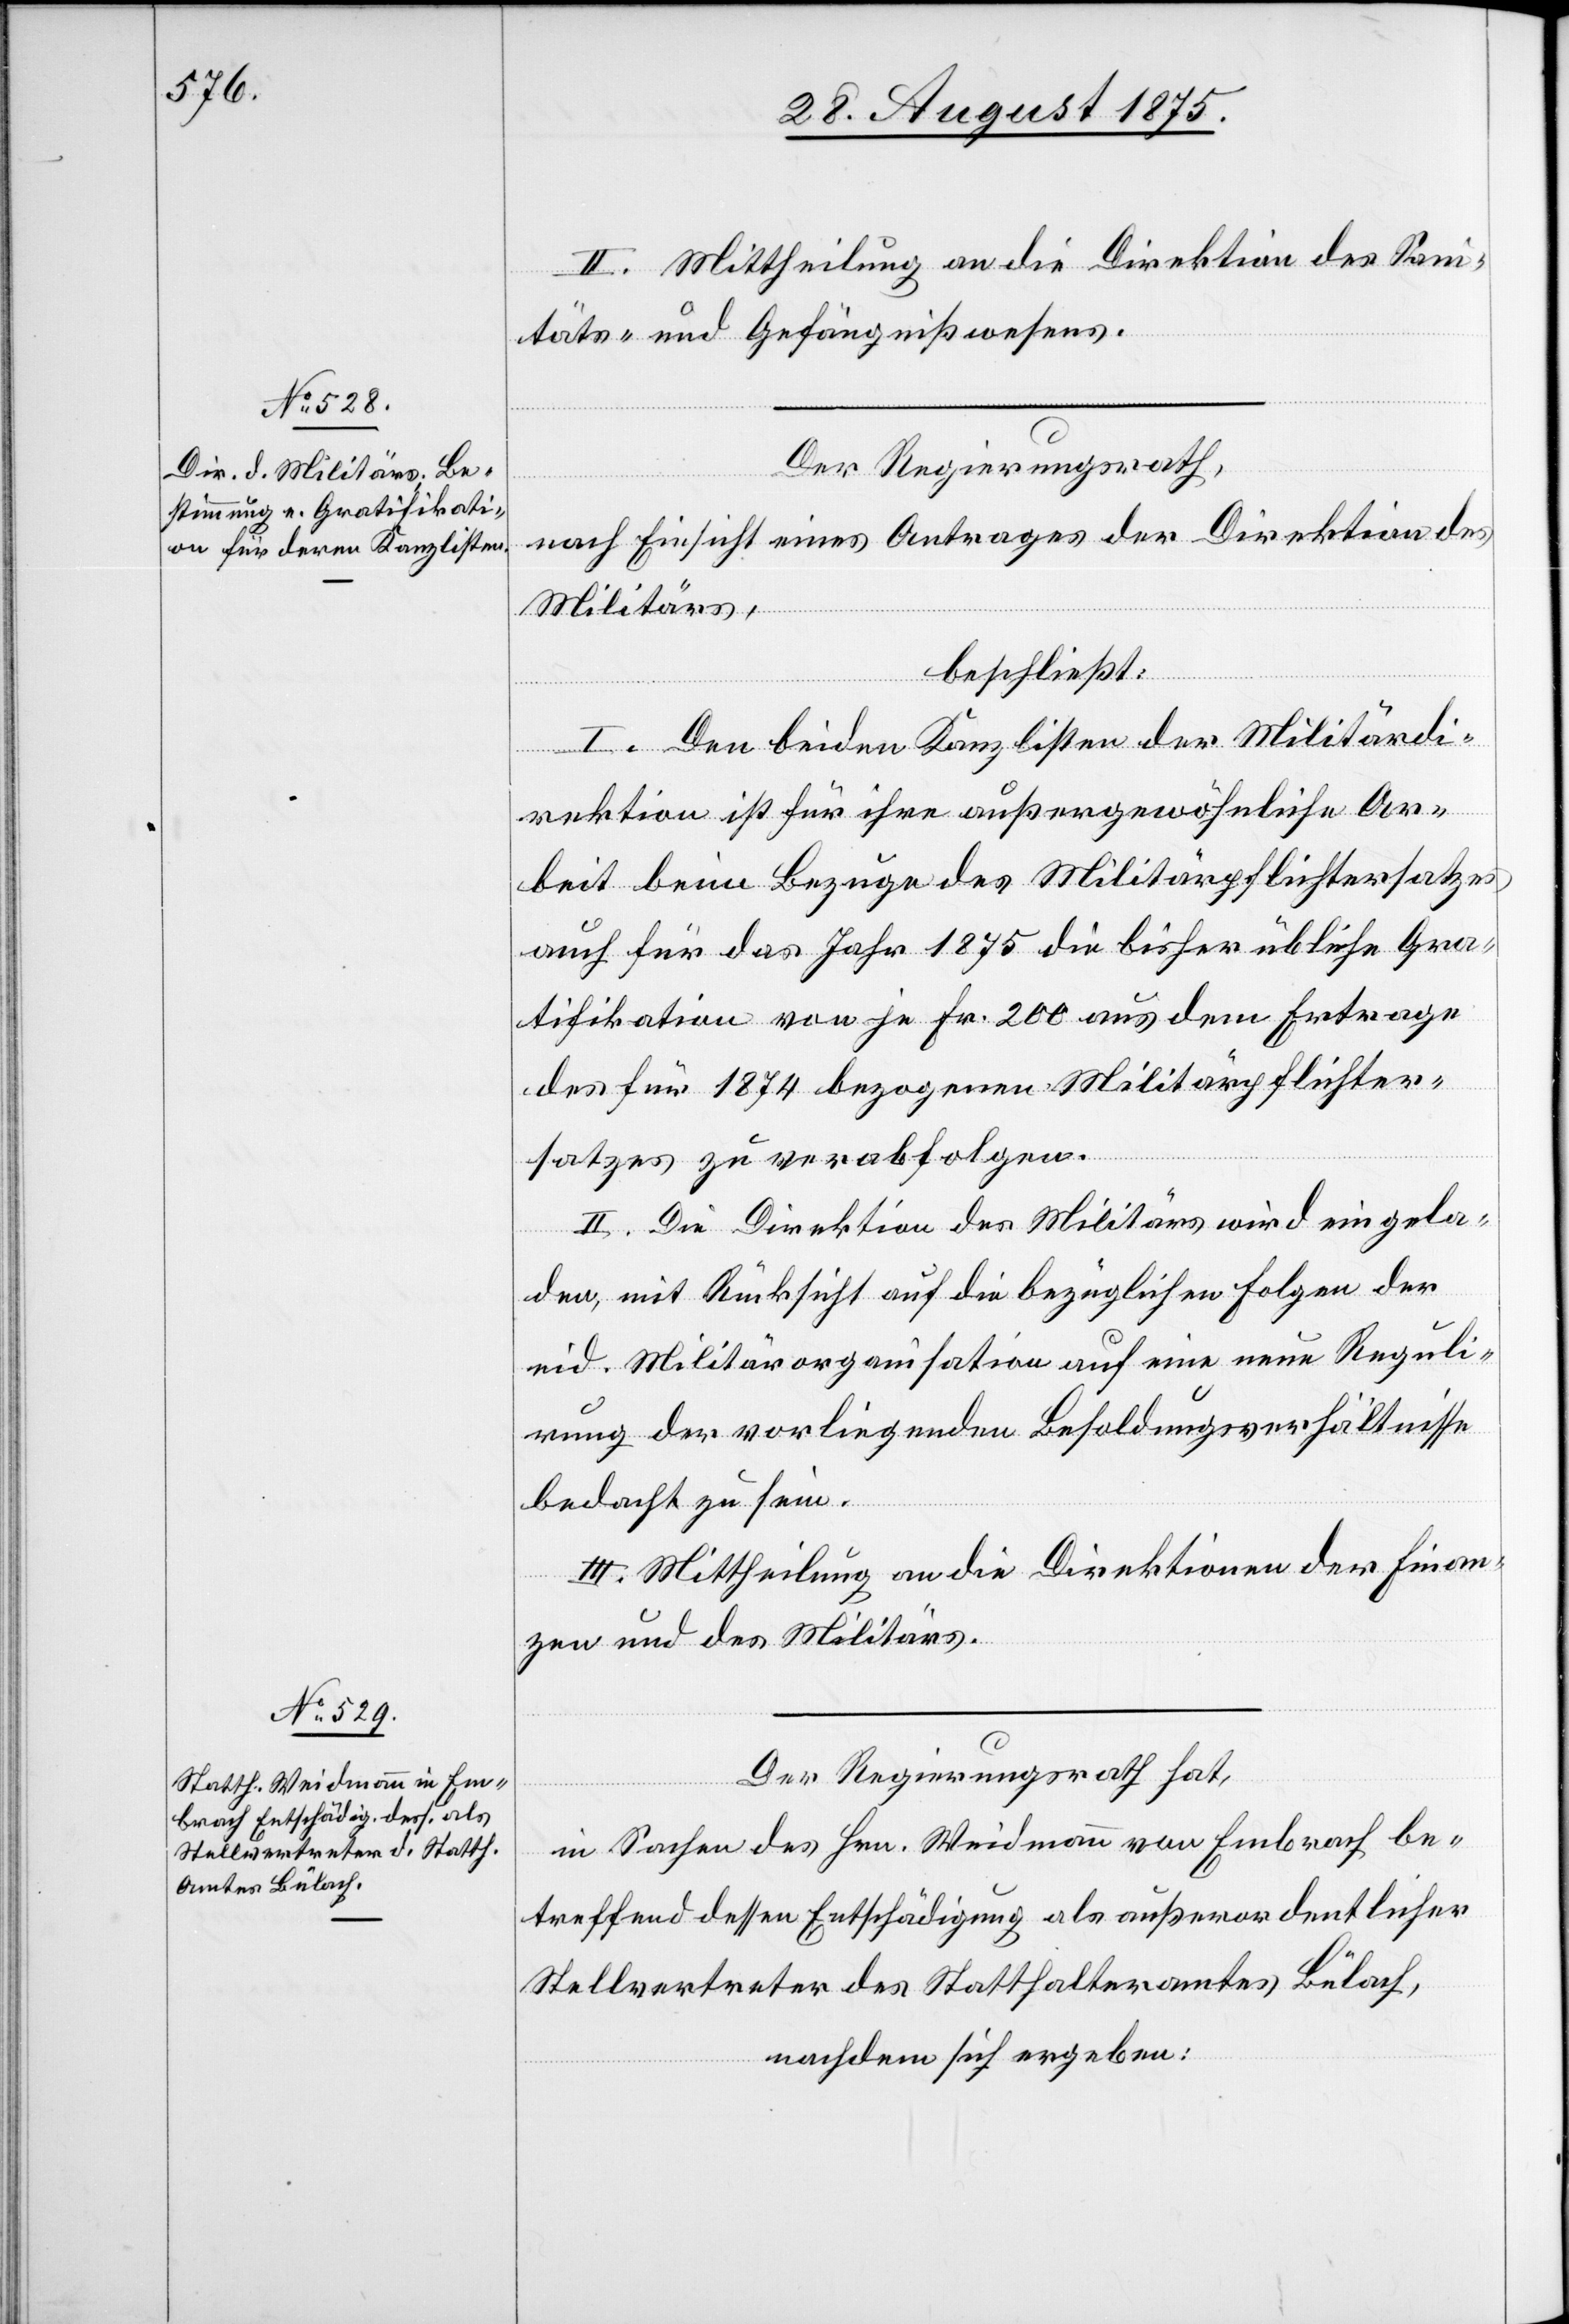
c!] Mittheilung an die Direktion des Sani¬
täts- und Gefängnißwesens.
nach Einsicht eines Antrages der Direktion des
Militärs,
beschließt:
I. Den beiden Kanzlisten der Militärdi¬
rektion ist für ihre außergewöhnliche Ar¬
beit beim Bezuge des Militärpflichtersatzes
auch für das Jahr 1875 die bisher übliche Gra¬
tifikation von je Fr. 200 aus dem Ertrage
des für 1874 bezogenen Militärpflichter¬
[si¬
satzes zu verabfolgen.
II. Die Direktion des Militärs wird eingela¬
den, mit Rücksicht auf die bezüglichen Folgen der
eid. Militärorganisation auf eine neue Reguli¬
rung der vorliegenden Besoldungsverhältnisse
bedacht zu sein.
III. Mittheilung an die Direktionen der Finan¬
zen und des Militärs
Der Regierungsrath hat,
in Sachen des Hrn. Weidmann von Embrach be¬
treffend dessen Entschädigung als außerordentlicher
Stellvertreter des Statthalteramtes Bülach,
nachdem sich ergeben: